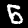
Label: 6